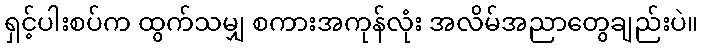
ရှင့်ပါးစပ်က ထွက်သမျှ စကားအကုန်လုံး အလိမ်အညာတွေချည်းပဲ။